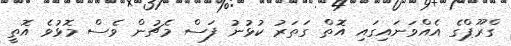
ގްރޫޕްގެ އެއްވަނައިގައި އޮތް ގަތަރު ކުޅުނު ފަސް މެޗުން ވެސް މޮޅުވެ އޮތީ